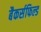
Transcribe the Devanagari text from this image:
बैकर्सफिल्ड